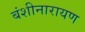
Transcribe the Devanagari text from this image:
बंशीनारायण